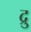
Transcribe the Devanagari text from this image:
द्रु